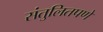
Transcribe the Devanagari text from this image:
संतुलितपणे